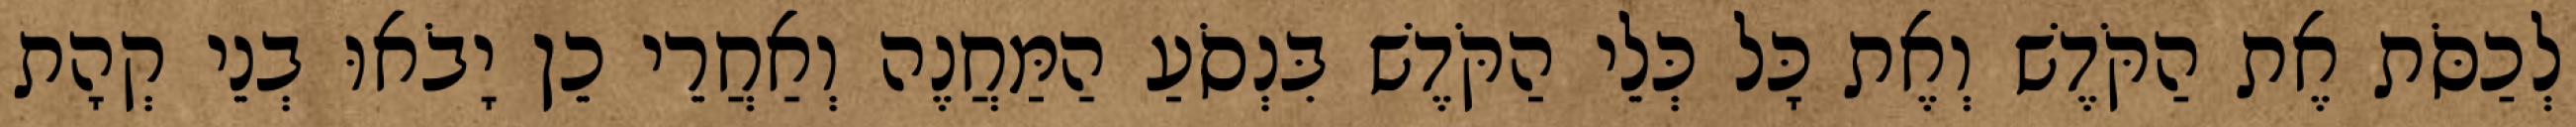
לְכַסֹּת אֶת הַקֹּדֶשׁ וְאֶת כָּל כְּלֵי הַקֹּדֶשׁ בִּנְסֹעַ הַמַּחֲנֶה וְאַחֲרֵי כֵן יָבֹאוּ בְנֵי קְהָת